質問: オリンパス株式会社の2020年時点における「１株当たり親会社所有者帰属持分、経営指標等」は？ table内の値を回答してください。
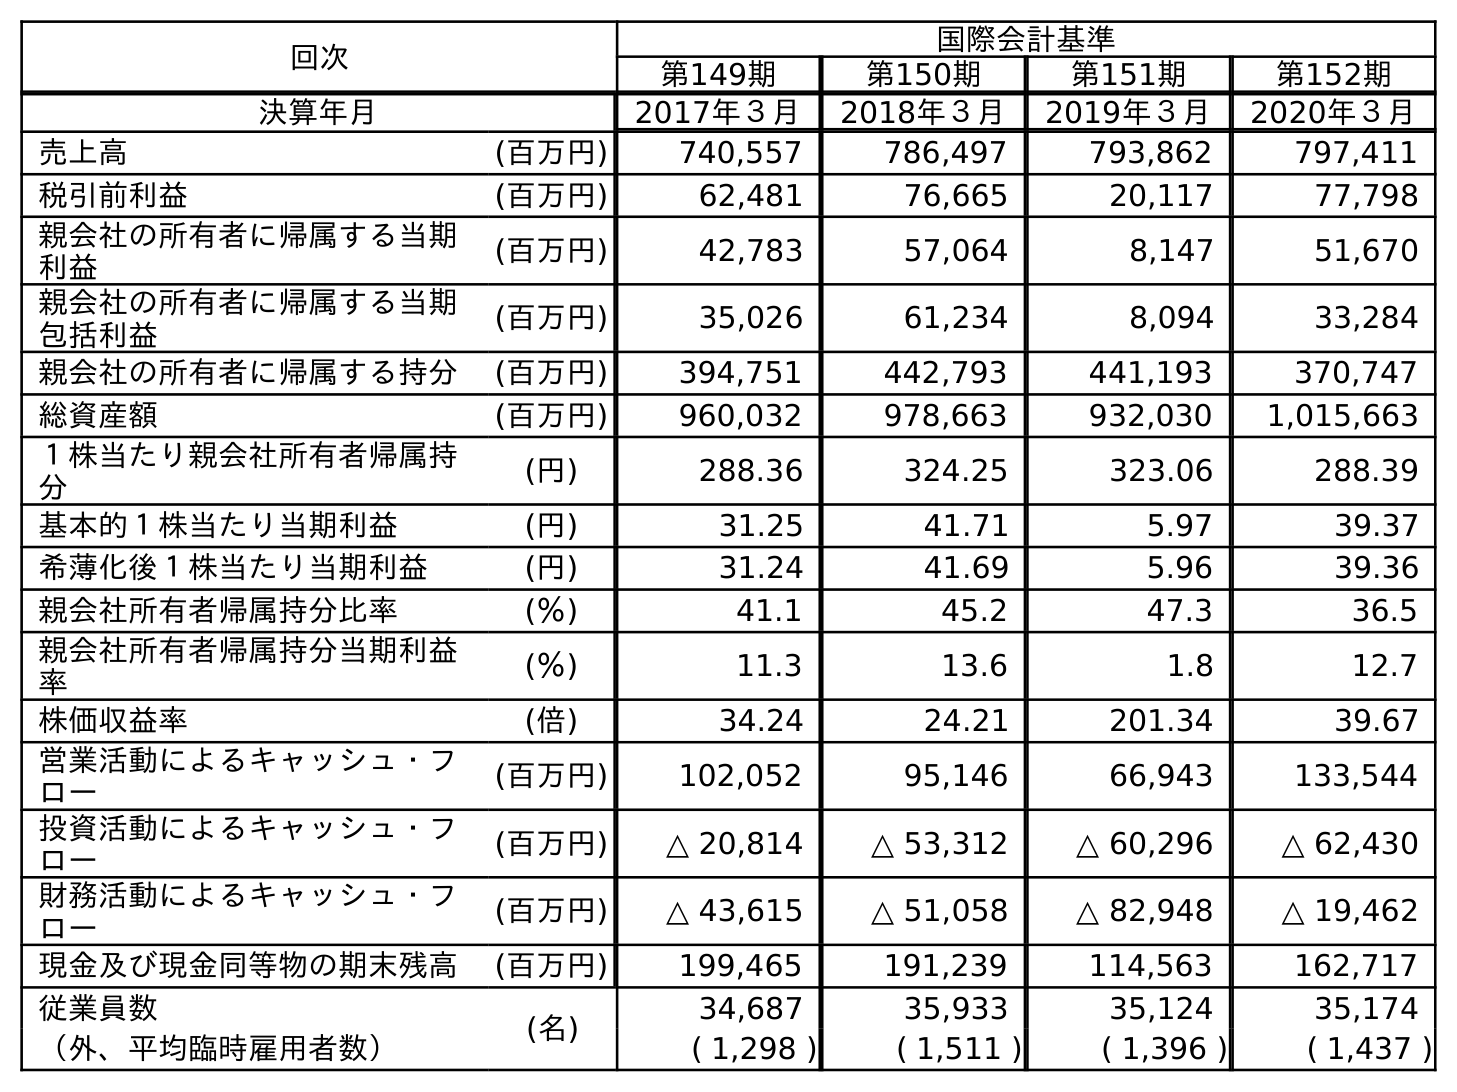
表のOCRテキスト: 回次 国際会計基準 第149期 第150期 第151期 第152期 決算年月 2017年３月 2018年３月 2019年３月 2020年３月 売上高 (百万円) 740,557 786,497 793,862 797,411 税引前利益 (百万円) 62,481 76,665 20,117 77,798 親会社の所有者に帰属する当期 利益 (百万円) 42,783 57,064 8,147 51,670 親会社の所有者に帰属する当期 包括利益 (百万円) 35,026 61,234 8,094 33,284 親会社の所有者に帰属する持分 (百万円) 394,751 442,793 441,193 370,747 総資産額 (百万円) 960,032 978,663 932,030 1,015,663 １株当たり親会社所有者帰属持 分 (円) 288.36 324.25 323.06 288.39 基本的１株当たり当期利益 (円) 31.25 41.71 5.97 39.37 希薄化後１株当たり当期利益 (円) 31.24 41.69 5.96 39.36 親会社所有者帰属持分比率 (％) 41.1 45.2 47.3 36.5 親会社所有者帰属持分当期利益 率 (％) 11.3 13.6 1.8 12.7 株価収益率 (倍) 34.24 24.21 201.34 39.67 営業活動によるキャッシュ・フ ロー (百万円) 102,052 95,146 66,943 133,544 投資活動によるキャッシュ・フ ロー (百万円) △ 20,814 △ 53,312 △ 60,296 △ 62,430 財務活動によるキャッシュ・フ ロー (百万円) △ 43,615 △ 51,058 △ 82,948 △ 19,462 現金及び現金同等物の期末残高 (百万円) 199,465 191,239 114,563 162,717 従業員数 (名) 34,687 35,933 35,124 35,174 （外、平均臨時雇用者数） ( 1,298 ) ( 1,511 ) ( 1,396 ) ( 1,437 )
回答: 288.39